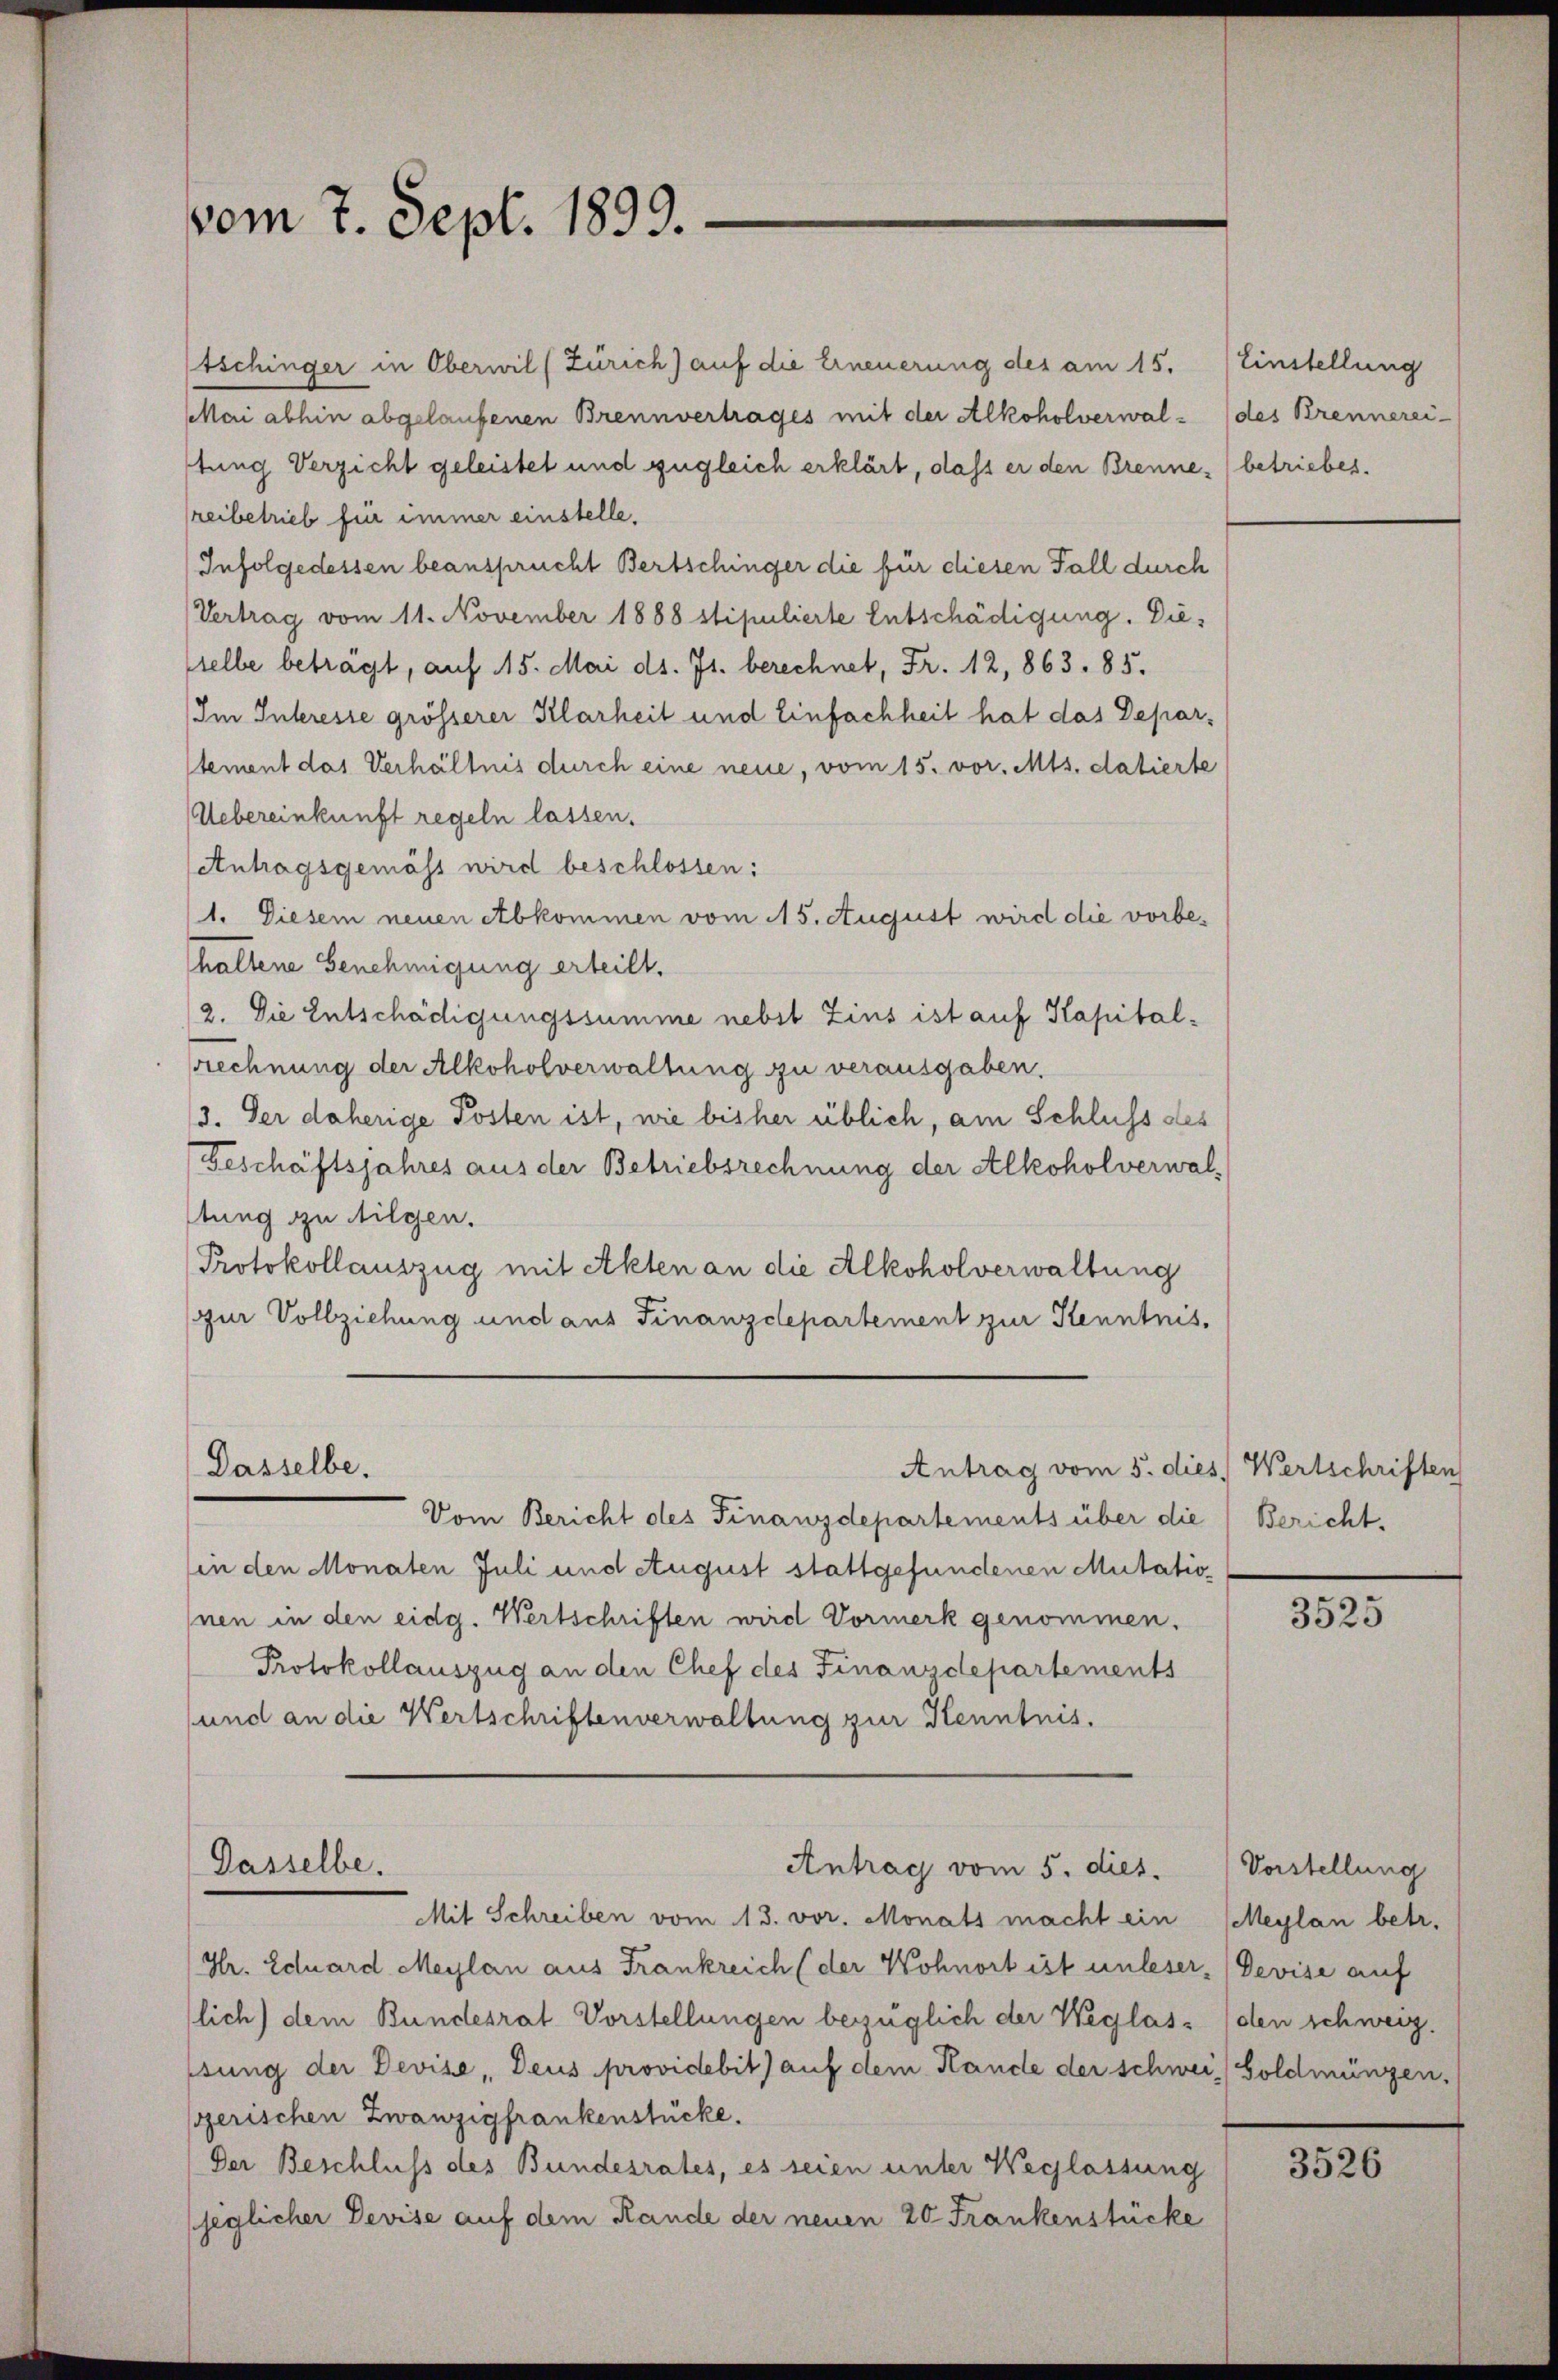
vom 7. Sept. 1899.

tschinger in Oberwil (Zürich) auf die Erneuerung des am 15. Einstellung
MMai abhin abgelaufenen Brennvertrages mit der Alkoholverwaltung Verzicht geleistet und zugleich erklärt, daß er den Brennereibetrieb für immer einstelle.
Infolgedessen beansprucht Bertschinger die für diesen Fall durch
Vertrag vom 11. November 1888 stipulierte Entschädigung. Dieselbe beträgt, auf 15. Mai d. Js. berechnet, Fr. 12, 863. 85.
Im Interesse grösserer Klarheit und Einfachheit hat das Deparstement das Verhältnis durch eine neue, vom 15. vor. Mts. datierte
Uebereinkunft regeln lassen.
Atuhagsgemäss wird beschlossen:
1. Diesem neuen Abkommen vom 15. August wird die vorbehaltene Genehmigung erteilt.
/2. Die Entschädigungssumme nebst Zins ist auf Kapitalrechnung der Alkoholverwaltung zu verausgaben.
13. Der daherige Posten ist, wie bisher üblich, am Schluss des
Geschäftsjahres aus der Betriebsrechnung der Alkoholverwalstung zu tilgen.
Protokollauszug mit Akten an die Alkoholverwaltung
zur Vollziehung und aus Finanzdepartement zur Kenntnis¬
Dasselbe.
Antrag vom 5. dies Wertschriften
Vom Bericht des Finanzdepartements über die Bericht.
(in den Monaten Juli und August stattgefundenen Mutation
nen in den eidg. Wertschriften wird Vormerk genommen.
Protokollauszug an den Chef des Finanzdepartements
und an die Wertschriftenverwaltung zur Kenntnis.
Dasselbe.
Antrag vom 5. dies.
Mit Schreiben vom 13. vor. Monats macht ein
(Hr. Eduard Maylan aus Frankreich (der Wohnort ist unleser (Devise auf
lich) dem Bundesrat Vorstellungen bezüglich der Weglasesung der Devise, Deus providebit) auf dem Hande der schweiz Goldmüngen.
szerischen Zwanzigfrankenstücke.
Der Beschluss des Bundesrates, es seien unter Weglassung
jeglicher Devise auf dem Rande der neuen 20 Frankenstücke

des Krennerei-
betriebes.

3525

Vorstellung
Meylan betr.
den schweiz.

3526